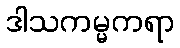
ဒါသကမ္မကရာ